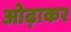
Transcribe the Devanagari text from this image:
ओढ़ाकर